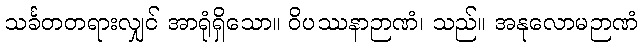
သင်္ခတတရားလျှင် အာရုံရှိသော။ ဝိပဿနာဉာဏံ၊ သည်။ အနုလောမဉာဏံ